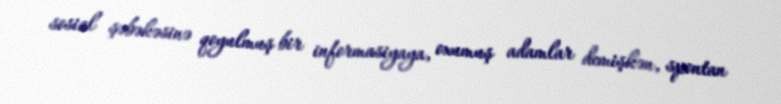
sosial şəbəkəsinə qoyulmuş bir informasiyaya, oxumuş adamlar demişkən, spontan